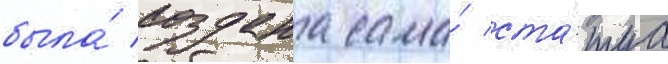
была́ создана сама́ ста́туа